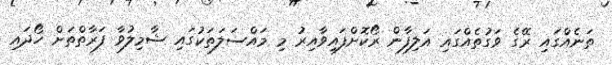
ތަނެއްގައި ރޭގެ ވަގުތެއްގައި އަލިފާން ރޯކޮށްފައިވާއިރު މި މައްސަލަތަކުގައި ޝާމިލުވާ ފަރާތްތަށް ހޯދައި